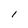
Character: l